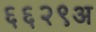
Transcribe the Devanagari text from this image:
६६२९अ